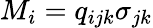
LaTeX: M_{i}=q_{ijk}\sigma_{jk}